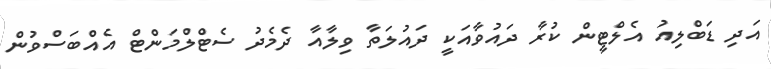
އަދި ޑަބްލިއު އެލްޓީން ކުރާ ދައުވާއަކީ ދައުލަތާ ވިލާއާ ދެމެދު ސެޓްލްމަންޓް އެއްބަސްވުން